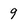
Character: 9